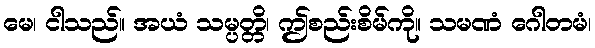
မေ၊ ငါသည်။ အယံ သမ္ပတ္တိ၊ ဤစည်းစိမ်ကို။ သမဏံ ဂေါတမံ၊